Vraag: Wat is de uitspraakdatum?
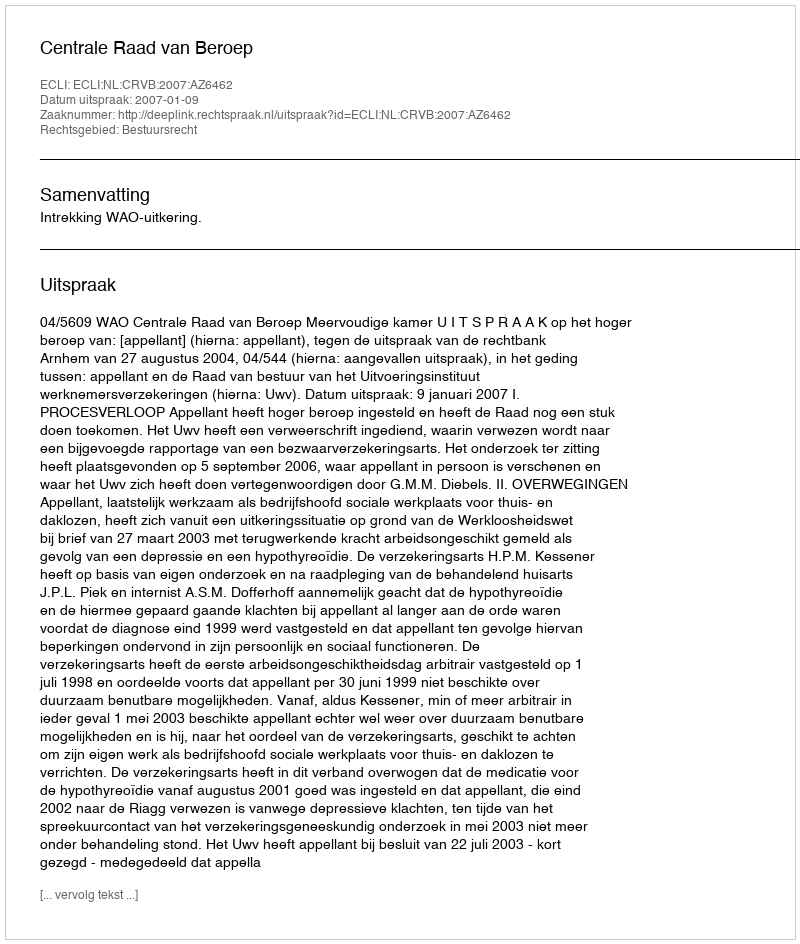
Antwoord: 2007-01-09